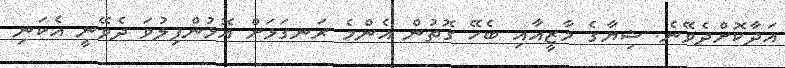
އަދާކޮށްދެވޭނެ. ޝިޔާގެ މާޒީއާއި ބެހޭ ގޮތުން އެންމެ ރަނގަޅަށް އޮޅުންފިލުވަ ދެވޭނީ އެކަނި